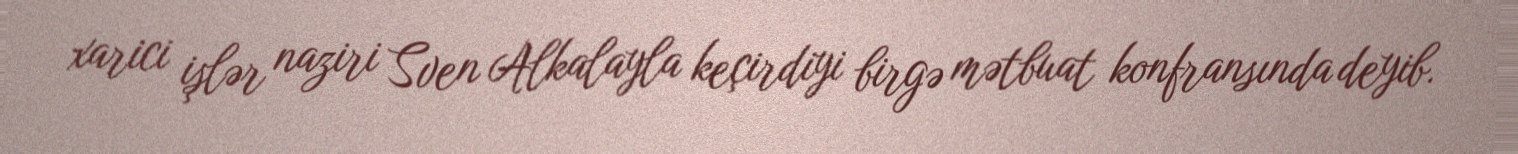
xarici işlər naziri Sven Alkalayla keçirdiyi birgə mətbuat konfransında deyib.